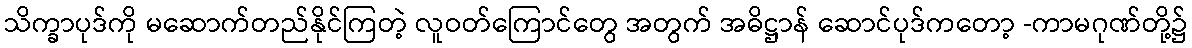
သိက္ခာပုဒ်ကို မဆောက်တည်နိုင်ကြတဲ့ လူဝတ်ကြောင်တွေ အတွက် အဓိဋ္ဌာန် ဆောင်ပုဒ်ကတော့ -ကာမဂုဏ်တို့၌